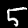
Label: 5